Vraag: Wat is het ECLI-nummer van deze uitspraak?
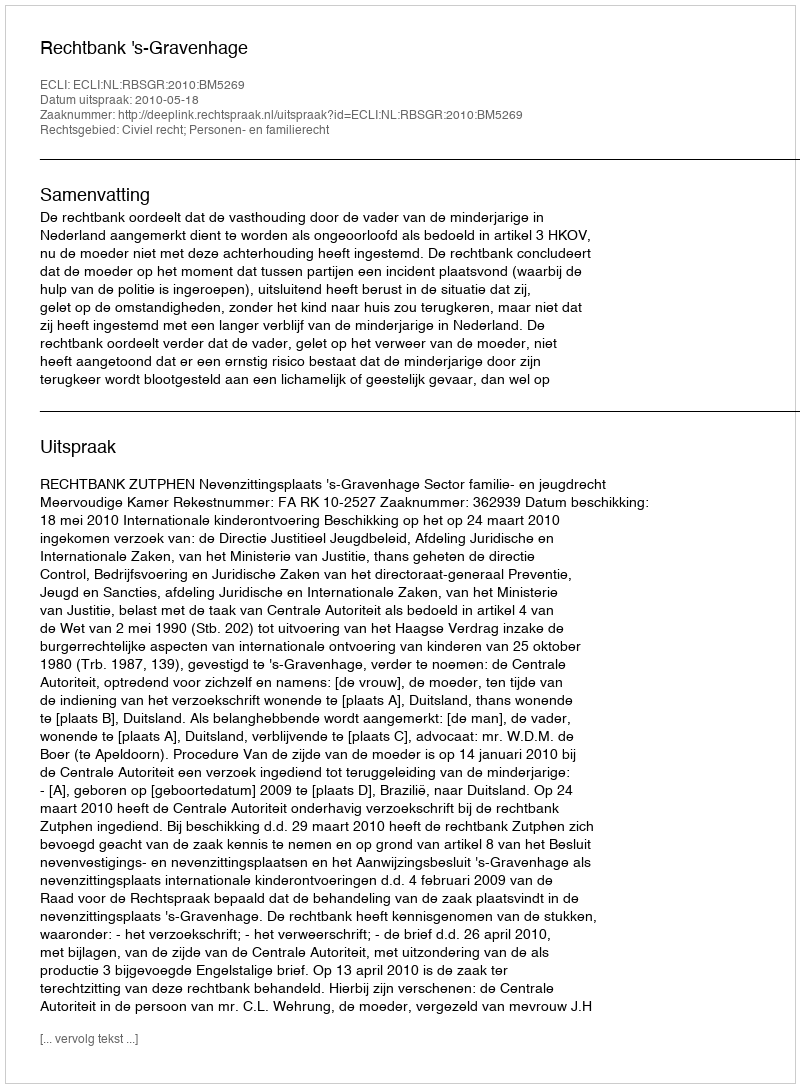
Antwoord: ECLI:NL:RBSGR:2010:BM5269